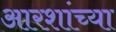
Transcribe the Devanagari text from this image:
आरशांच्या